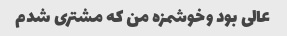
عالی بود وخوشمزه من که مشتری شدم